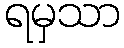
ရမှသာ